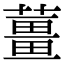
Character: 薑